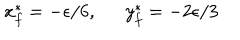
LaTeX: x _ { f } ^ { * } = - \epsilon / 6 , ~ ~ \ y _ { f } ^ { * } = - 2 \epsilon / 3